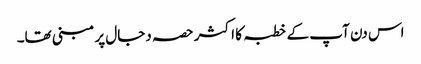
اس دن آپ کے خطبہ کا اکثر حصہ دجال پر مبنی تھا۔